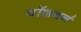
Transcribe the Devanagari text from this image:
वॉशबर्न